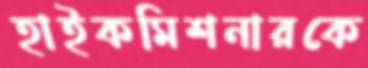
হাইকমিশনারকে